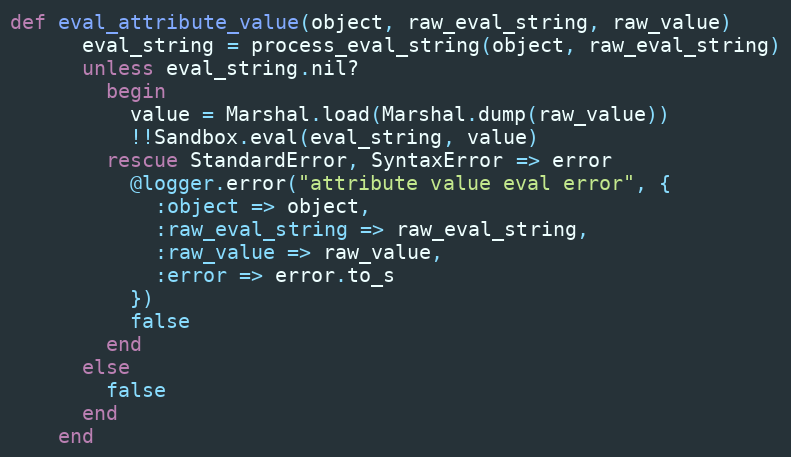
Language: Ruby
def eval_attribute_value(object, raw_eval_string, raw_value)
      eval_string = process_eval_string(object, raw_eval_string)
      unless eval_string.nil?
        begin
          value = Marshal.load(Marshal.dump(raw_value))
          !!Sandbox.eval(eval_string, value)
        rescue StandardError, SyntaxError => error
          @logger.error("attribute value eval error", {
            :object => object,
            :raw_eval_string => raw_eval_string,
            :raw_value => raw_value,
            :error => error.to_s
          })
          false
        end
      else
        false
      end
    end